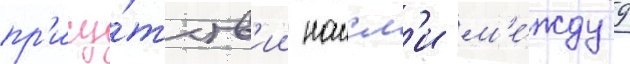
пр'ису́тств'ии наисл'и м'е́жду 9